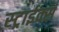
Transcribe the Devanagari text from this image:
स्ट्राईक्स